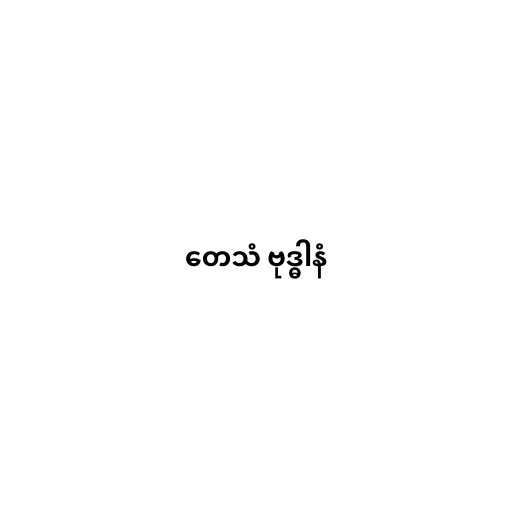
တေသံ ဗုဒ္ဓါနံ